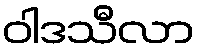
ဝါဒသီလာ